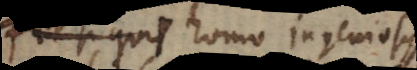
hinc homo ingeniosus